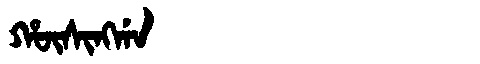
Manchu: ᡥᡡᠰᡳᠩᡤᠠ
Romanization: HŪSINGGA